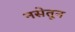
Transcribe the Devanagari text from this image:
नसेतून